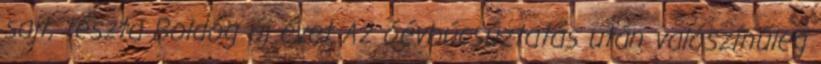
sajt, tészta Boldog új évet Az óévbúcsúztatás után valószínűleg